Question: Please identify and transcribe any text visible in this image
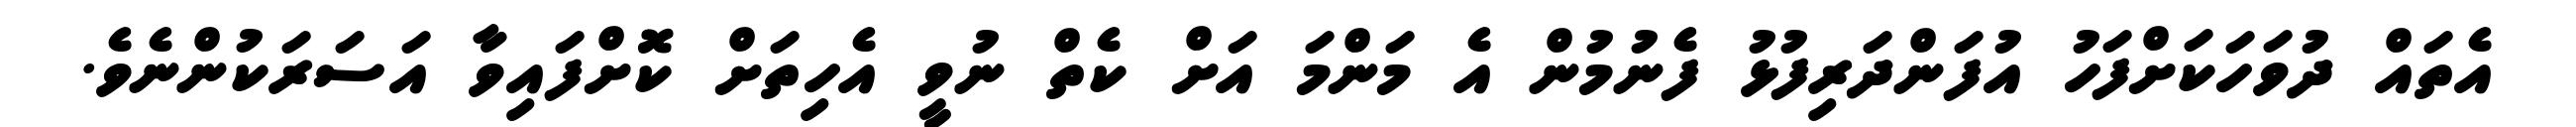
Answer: އެތައް ދުވަހަކަށްފަހު އުފަންދަރިފުޅު ފެނުމުން އެ މަންމަ އަށް ކެތް ނުވީ އެހިތަށް ކޮށްފައިވާ އަސަރަކުންނެވެ.